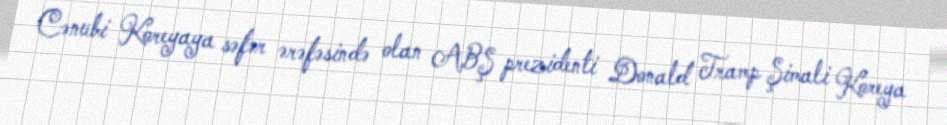
Cənubi Koreyaya səfər ərəfəsində olan ABŞ prezidenti Donald Tramp Şimali Koreya